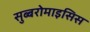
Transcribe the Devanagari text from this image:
सुब्बरोमाइसिस